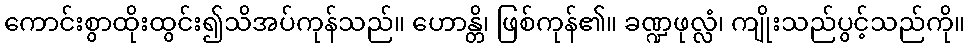
ကောင်းစွာထိုးထွင်း၍သိအပ်ကုန်သည်။ ဟောန္တိ၊ ဖြစ်ကုန်၏။ ခဏ္ဍဖုလ္လံ၊ ကျိုးသည်ပွင့်သည်ကို။